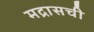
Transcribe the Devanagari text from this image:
मद्रासची